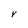
Character: V